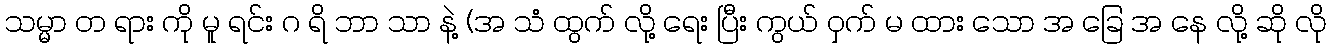
သမ္မာ တ ရား ကို မူ ရင်း ဂ ရိ ဘာ သာ နဲ့ (အ သံ ထွက် လို့ ရေး ပြီး ကွယ် ဝှက် မ ထား သော အ ခြေ အ နေ လို့ ဆို လို